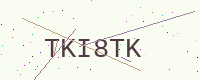
Text: TKI8TK